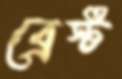
ব্রেস্ট